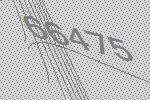
66475